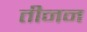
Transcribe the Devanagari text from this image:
तीनन